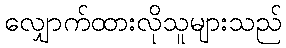
လျှောက်ထားလိုသူများသည်